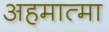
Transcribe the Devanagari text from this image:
अहमात्मा